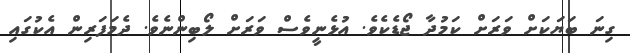
ގިނަ ބަޔަކަށް ވަރަށް ކަމުދާ ޖޯޑެކެވެ. އުޅެނީވެސް ވަރަށް ލޯބިންނެވެ. ދެމަފަރިން އެކުގައި